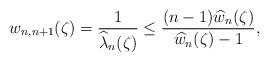
LaTeX: \begin{align*}w_{n,n+1}(\zeta)=\frac{1}{\widehat{\lambda}_{n}(\zeta)}\leq \frac{(n-1)\widehat{w}_{n}(\zeta)}{\widehat{w}_{n}(\zeta)-1},\end{align*}